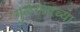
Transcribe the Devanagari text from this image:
मुळेगावच्या